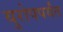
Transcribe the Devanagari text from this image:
युरोपपर्यंत